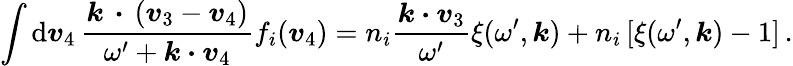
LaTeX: \int\mathrm{d}\boldsymbol{v}_{4}\, \frac{\boldsymbol{k\, \cdot\, }(\boldsymbol{v}_{3}-\boldsymbol{v}_{4})}{\omega^{\prime}+\boldsymbol{k\cdot v}_{4}}f_{i}(\boldsymbol{v}_{4})=n_{i}\frac{\boldsymbol{k\cdot v}_{3}}{\omega^{\prime}}\xi(\omega^{\prime},\boldsymbol{k})+n_{i}\, [\xi(\omega^{\prime},\boldsymbol{k})-1]\, .